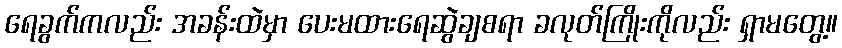
ရေခွက်ကလည်း အခန်းထဲမှာ ပေးမထားရေဆွဲချစရာ ခလုတ်ကြိုးကိုလည်း ရှာမတွေ့။